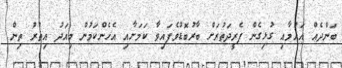
ބަންދެއް އައުމާއި ގުޅިގެން ފެރީދަތުރަށް ބާރުބޮޑުވެފައިވާ ކަމަށާއި އެހެންކަމުން މިއަދު އިތުރު ތިން